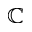
\mathbb { C }